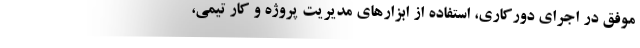
موفق در اجرای دورکاری، استفاده از ابزارهای مدیریت پروژه و کار تیمی،